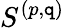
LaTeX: S^{(p,\mathtt{q})}